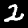
Digit: 2